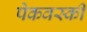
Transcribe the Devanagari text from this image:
पेकवर्स्की